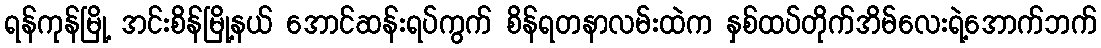
ရန်ကုန်မြို့ အင်းစိန်မြို့နယ် အောင်ဆန်းရပ်ကွက် စိန်ရတနာလမ်းထဲက နှစ်ထပ်တိုက်အိမ်လေးရဲ့အောက်ဘက်